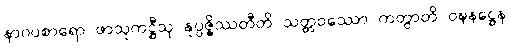
နာဂပစာရော ဖာသုကဋ္ဌီသု နုပ္ပဇ္ဇိဿတီတိ သတ္တဝဿော ကတွာတိ ဝဍ္ဎနဋ္ဌေန